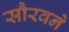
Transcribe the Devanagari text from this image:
सौरवने